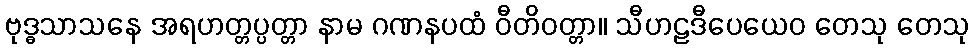
ဗုဒ္ဓသာသနေ အရဟတ္တပ္ပတ္တာ နာမ ဂဏနပထံ ဝီတိဝတ္တာ။ သီဟဠဒီပေယေဝ တေသု တေသု